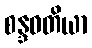
စန္ဒဝတိယာ